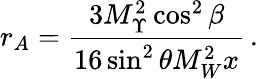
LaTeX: r_{A}=\frac{3M_{\Upsilon}^{2}\cos^{2}\beta}{16\sin^{2}\theta M_{W}^{2}x}\, .